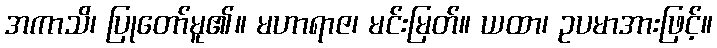
အကာသိ၊ ပြုတော်မူ၏။ မဟာရာဇ၊ မင်းမြတ်။ ယထာ၊ ဥပမာအားဖြင့်။